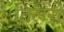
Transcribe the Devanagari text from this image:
तिलरी